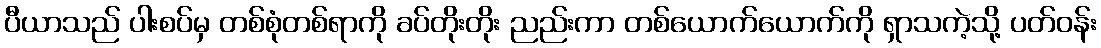
ပီယာသည် ပါးစပ်မှ တစ်စုံတစ်ရာကို ခပ်တိုးတိုး ညည်းကာ တစ်ယောက်ယောက်ကို ရှာသကဲ့သို့ ပတ်ဝန်း